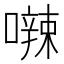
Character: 𪢘